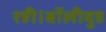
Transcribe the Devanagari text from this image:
रही।बॉलीवुड